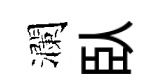
瀾臥